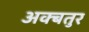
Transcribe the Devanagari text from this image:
अक्बतुर